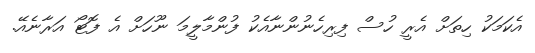
އެކަމަކު ހިތަށް އެރީ ހުސް ފިރިހެނުންނާއެކު ފުންމާލީމަ ނޫހަށް އެ ފޮޓޯ އަރާނެއޭ.